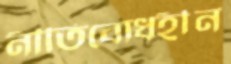
নীতিবোধহীন